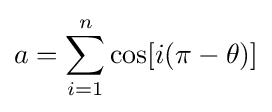
a=\sum _{i=1}^{n}\cos[i(\pi -\theta )]